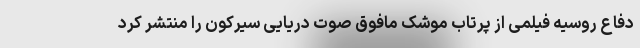
دفاع روسیه فیلمی از پرتاب موشک مافوق صوت دریایی سیرکون را منتشر کرد